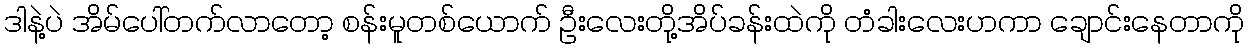
ဒါနဲ့ပဲ အိမ်ပေါ်တက်လာတော့ စန်းမူတစ်ယောက် ဦးလေးတို့အိပ်ခန်းထဲကို တံခါးလေးဟကာ ချောင်းနေတာကို